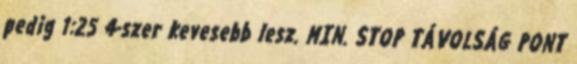
pedig 1:25 4-szer kevesebb lesz. MIN. STOP TÁVOLSÁG PONT